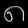
Digit: ၈